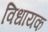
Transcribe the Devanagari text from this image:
विधायक